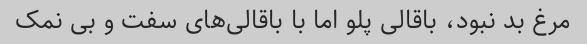
مرغ بد نبود، باقالی پلو اما با باقالی‌های سفت و بی نمک